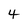
Character: 4